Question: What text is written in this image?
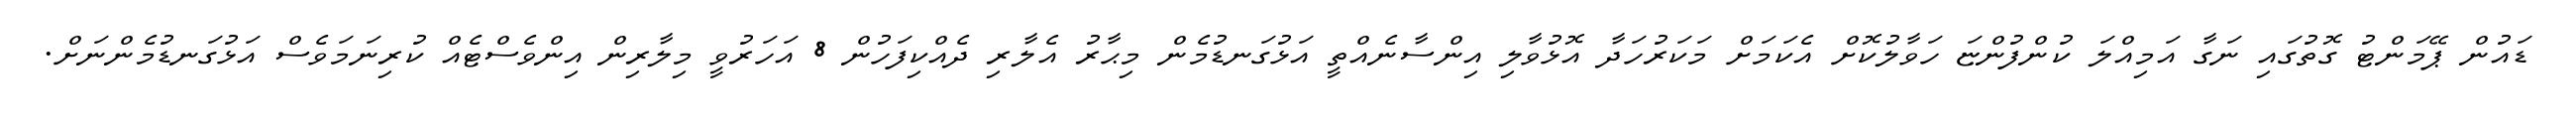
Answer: ޑައުން ޕޭމަންޓު ގޮތުގައި ނަގާ އަމިއްލަ ކުންފުންޏަ ހަވާލުކޮށް އެކަމަށް މަކަރުހަދާ އޮޅުވާލި އިންސާނެއްތީ އަޅުގަނޑުމެން މިޙާރު އެލާރި ދެއްކިފަހުން 8 އަހަރުވީ މިލާރިން އިންވެސްޓެއް ކުރިނަމަވެސް އަޅުގަނޑުމެންނަށް.